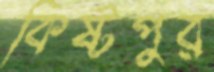
কিষ্টপুর